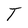
Character: T